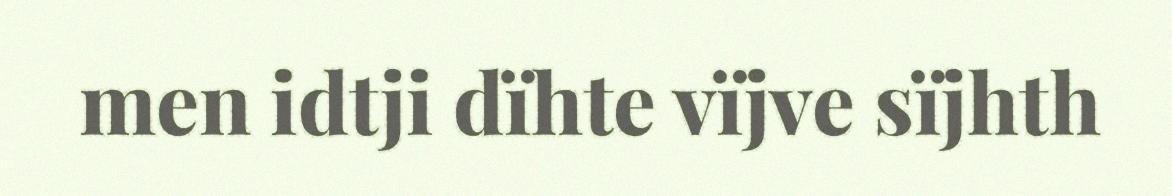
men idtji dïhte vïjve sïjhth